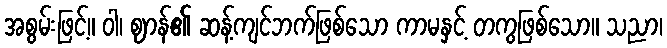
အစွမ်းဖြင့်။ ဝါ၊ ဈာန်၏ ဆန့်ကျင်ဘက်ဖြစ်သော ကာမနှင့် တကွဖြစ်သော။ သညာ၊